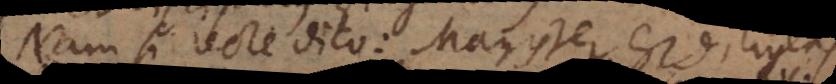
Nam si recte dico: Magister est diligens